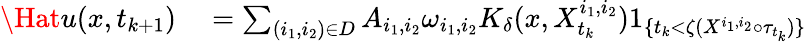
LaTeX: \begin{array}{rl}{\Hat{u}(x,t_{k+1})}&{{}=\sum_{(i_{1},i_{2})\in D}A_{i_{1},i_{2}}\omega_{i_{1},i_{2}}K_{\delta}(x,X_{t_{k}}^{i_{1},i_{2}})1_{\{ t_{k}<\zeta(X^{i_{1},i_{2}}\circ\tau_{t_{k}})\} }}\end{array}